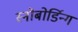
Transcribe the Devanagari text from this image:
स्नोबोर्डिन्ग